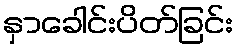
နှာခေါင်းပိတ်ခြင်း